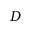
D